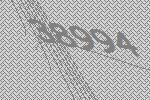
38994